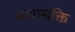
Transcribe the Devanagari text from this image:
भावासक्ति